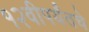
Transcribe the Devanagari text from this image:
१२वीपर्यंतचे